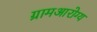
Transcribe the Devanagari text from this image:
ग्रामआरोग्य